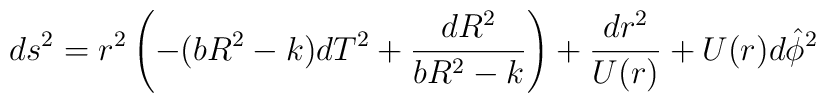
ds^2 = r^2\left( -(bR^2-k) dT^2 + \frac{dR^2}{bR^2-k}\right)+ \frac{dr^2}{U(r)} + U(r) d\hat{\phi}^2